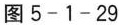
图5-1-29